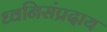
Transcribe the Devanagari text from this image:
ध्वनिसंप्रदाय